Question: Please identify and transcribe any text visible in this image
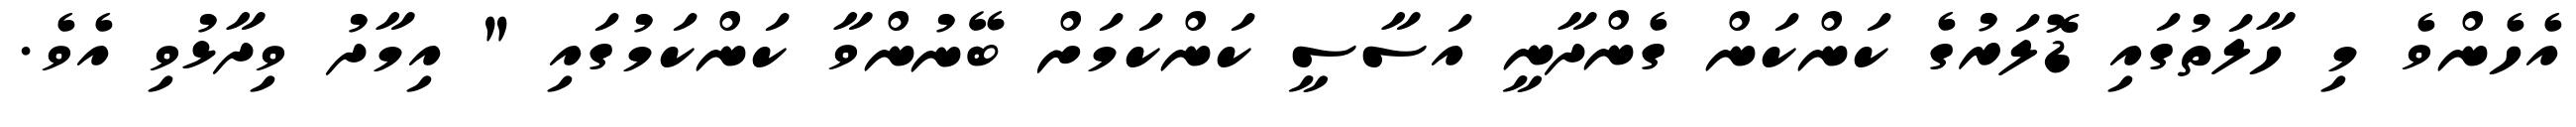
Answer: އެހެންވެ މި ހާލަތުގައި ޑޮލަރުގެ ކަންކަން ގެންދާނީ އަސާސީ ކަންކަމަށް ބޭނުންވާ ކަންކަމުގައި " އިމާދު ވިދާޅުވި އެވެ.